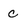
Character: C